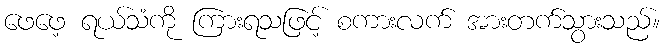
ဖေဖေ့ ရယ်သံကို ကြားရသဖြင့် စကားလက် အားတက်သွားသည်။